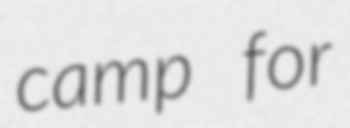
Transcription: camp for